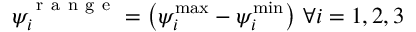
\psi _ { i } ^ { \mathrm { ~ r ~ a ~ n ~ g ~ e ~ } } = \big ( \psi _ { i } ^ { \operatorname* { m a x } } - \psi _ { i } ^ { \operatorname* { m i n } } \big ) \ \forall i = 1 , 2 , 3